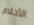
الأحلام